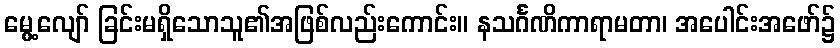
မွေ့လျော် ခြင်းမရှိသောသူ၏အဖြစ်လည်းကောင်း။ နသင်္ဂဏိကာရာမတာ၊ အပေါင်းအဖော်၌